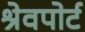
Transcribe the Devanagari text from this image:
श्रेवपोर्ट